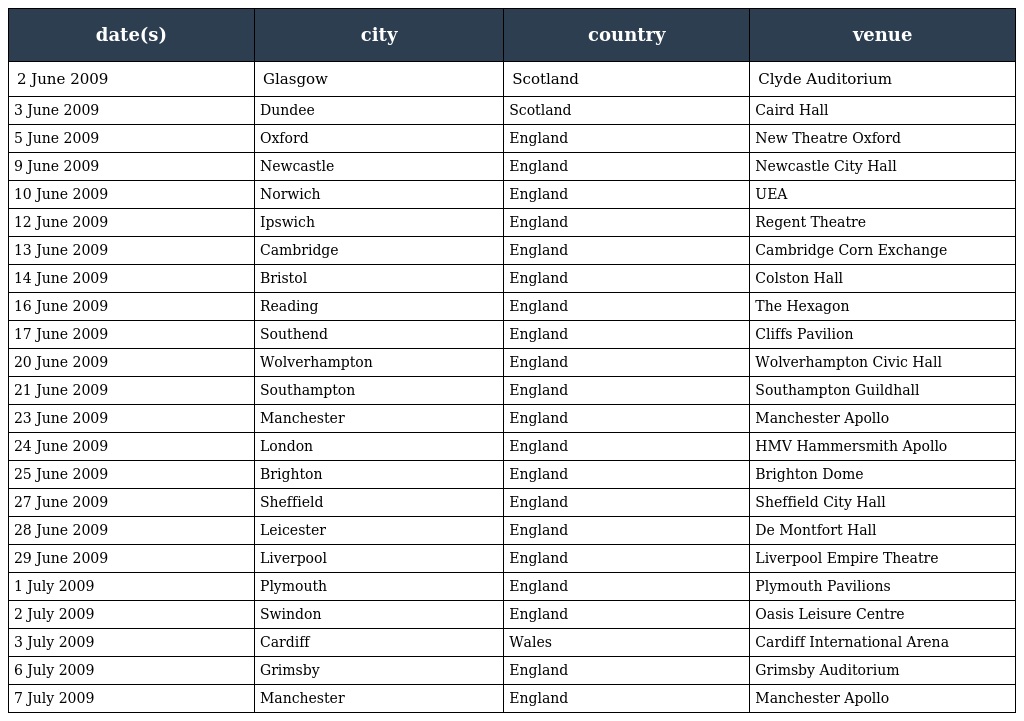
| date(s) | city | country | venue |
 | --- | --- | --- | --- |
 | 2 June 2009 | Glasgow | Scotland | Clyde Auditorium |
 | 3 June 2009 | Dundee | Scotland | Caird Hall |
 | 5 June 2009 | Oxford | England | New Theatre Oxford |
 | 9 June 2009 | Newcastle | England | Newcastle City Hall |
 | 10 June 2009 | Norwich | England | UEA |
 | 12 June 2009 | Ipswich | England | Regent Theatre |
 | 13 June 2009 | Cambridge | England | Cambridge Corn Exchange |
 | 14 June 2009 | Bristol | England | Colston Hall |
 | 16 June 2009 | Reading | England | The Hexagon |
 | 17 June 2009 | Southend | England | Cliffs Pavilion |
 | 20 June 2009 | Wolverhampton | England | Wolverhampton Civic Hall |
 | 21 June 2009 | Southampton | England | Southampton Guildhall |
 | 23 June 2009 | Manchester | England | Manchester Apollo |
 | 24 June 2009 | London | England | HMV Hammersmith Apollo |
 | 25 June 2009 | Brighton | England | Brighton Dome |
 | 27 June 2009 | Sheffield | England | Sheffield City Hall |
 | 28 June 2009 | Leicester | England | De Montfort Hall |
 | 29 June 2009 | Liverpool | England | Liverpool Empire Theatre |
 | 1 July 2009 | Plymouth | England | Plymouth Pavilions |
 | 2 July 2009 | Swindon | England | Oasis Leisure Centre |
 | 3 July 2009 | Cardiff | Wales | Cardiff International Arena |
 | 6 July 2009 | Grimsby | England | Grimsby Auditorium |
 | 7 July 2009 | Manchester | England | Manchester Apollo |